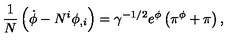
\frac { 1 } { N } \left( \dot { \phi } - N ^ { i } \phi _ { , i } \right) = \gamma ^ { - 1 / 2 } e ^ { \phi } \left( \pi ^ { \phi } + \pi \right) ,